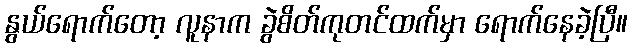
နွယ်ရောက်တော့ လူနာက ခွဲစိတ်ကုတင်ထက်မှာ ရောက်နေခဲ့ပြီ။